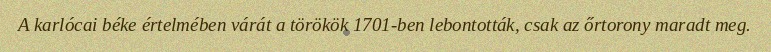
A karlócai béke értelmében várát a törökök 1701-ben lebontották, csak az őrtorony maradt meg.